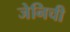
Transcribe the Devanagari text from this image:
जेनिची